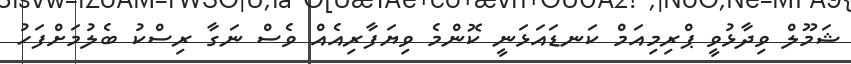
ޝަމޫލް ވިދާޅުވީ ޕްރިމިއަމް ކަނޑައަޅަނީ ކޮންމެ ވިޔަފާރިއެއް ވެސް ނަގާ ރިސްކު ބެލުމަށްފަހު